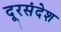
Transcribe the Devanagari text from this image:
दूरसंदेश